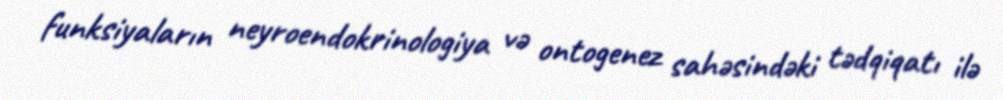
funksiyaların neyroendokrinologiya və ontogenez sahəsindəki tədqiqatı ilə